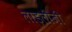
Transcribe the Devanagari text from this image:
लाड़लीजी